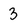
Character: 3